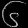
Digit: ၆